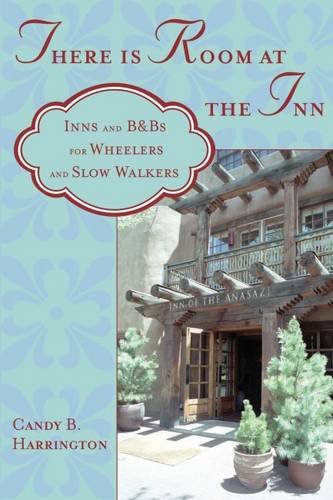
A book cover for There Is Room at the Inn: Inns and B&Bs for Wheelers and Slow Walkers; Candy Harrington; Travel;